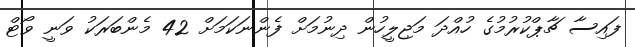
ފައިސާ ޗާޕްކުރުމުގެ ހުއްދަ މަޖިލީހުން ދިނުމަށް ފެންނަކަމަށް 42 މެންބަރަކު ވަނީ ވޯޓް